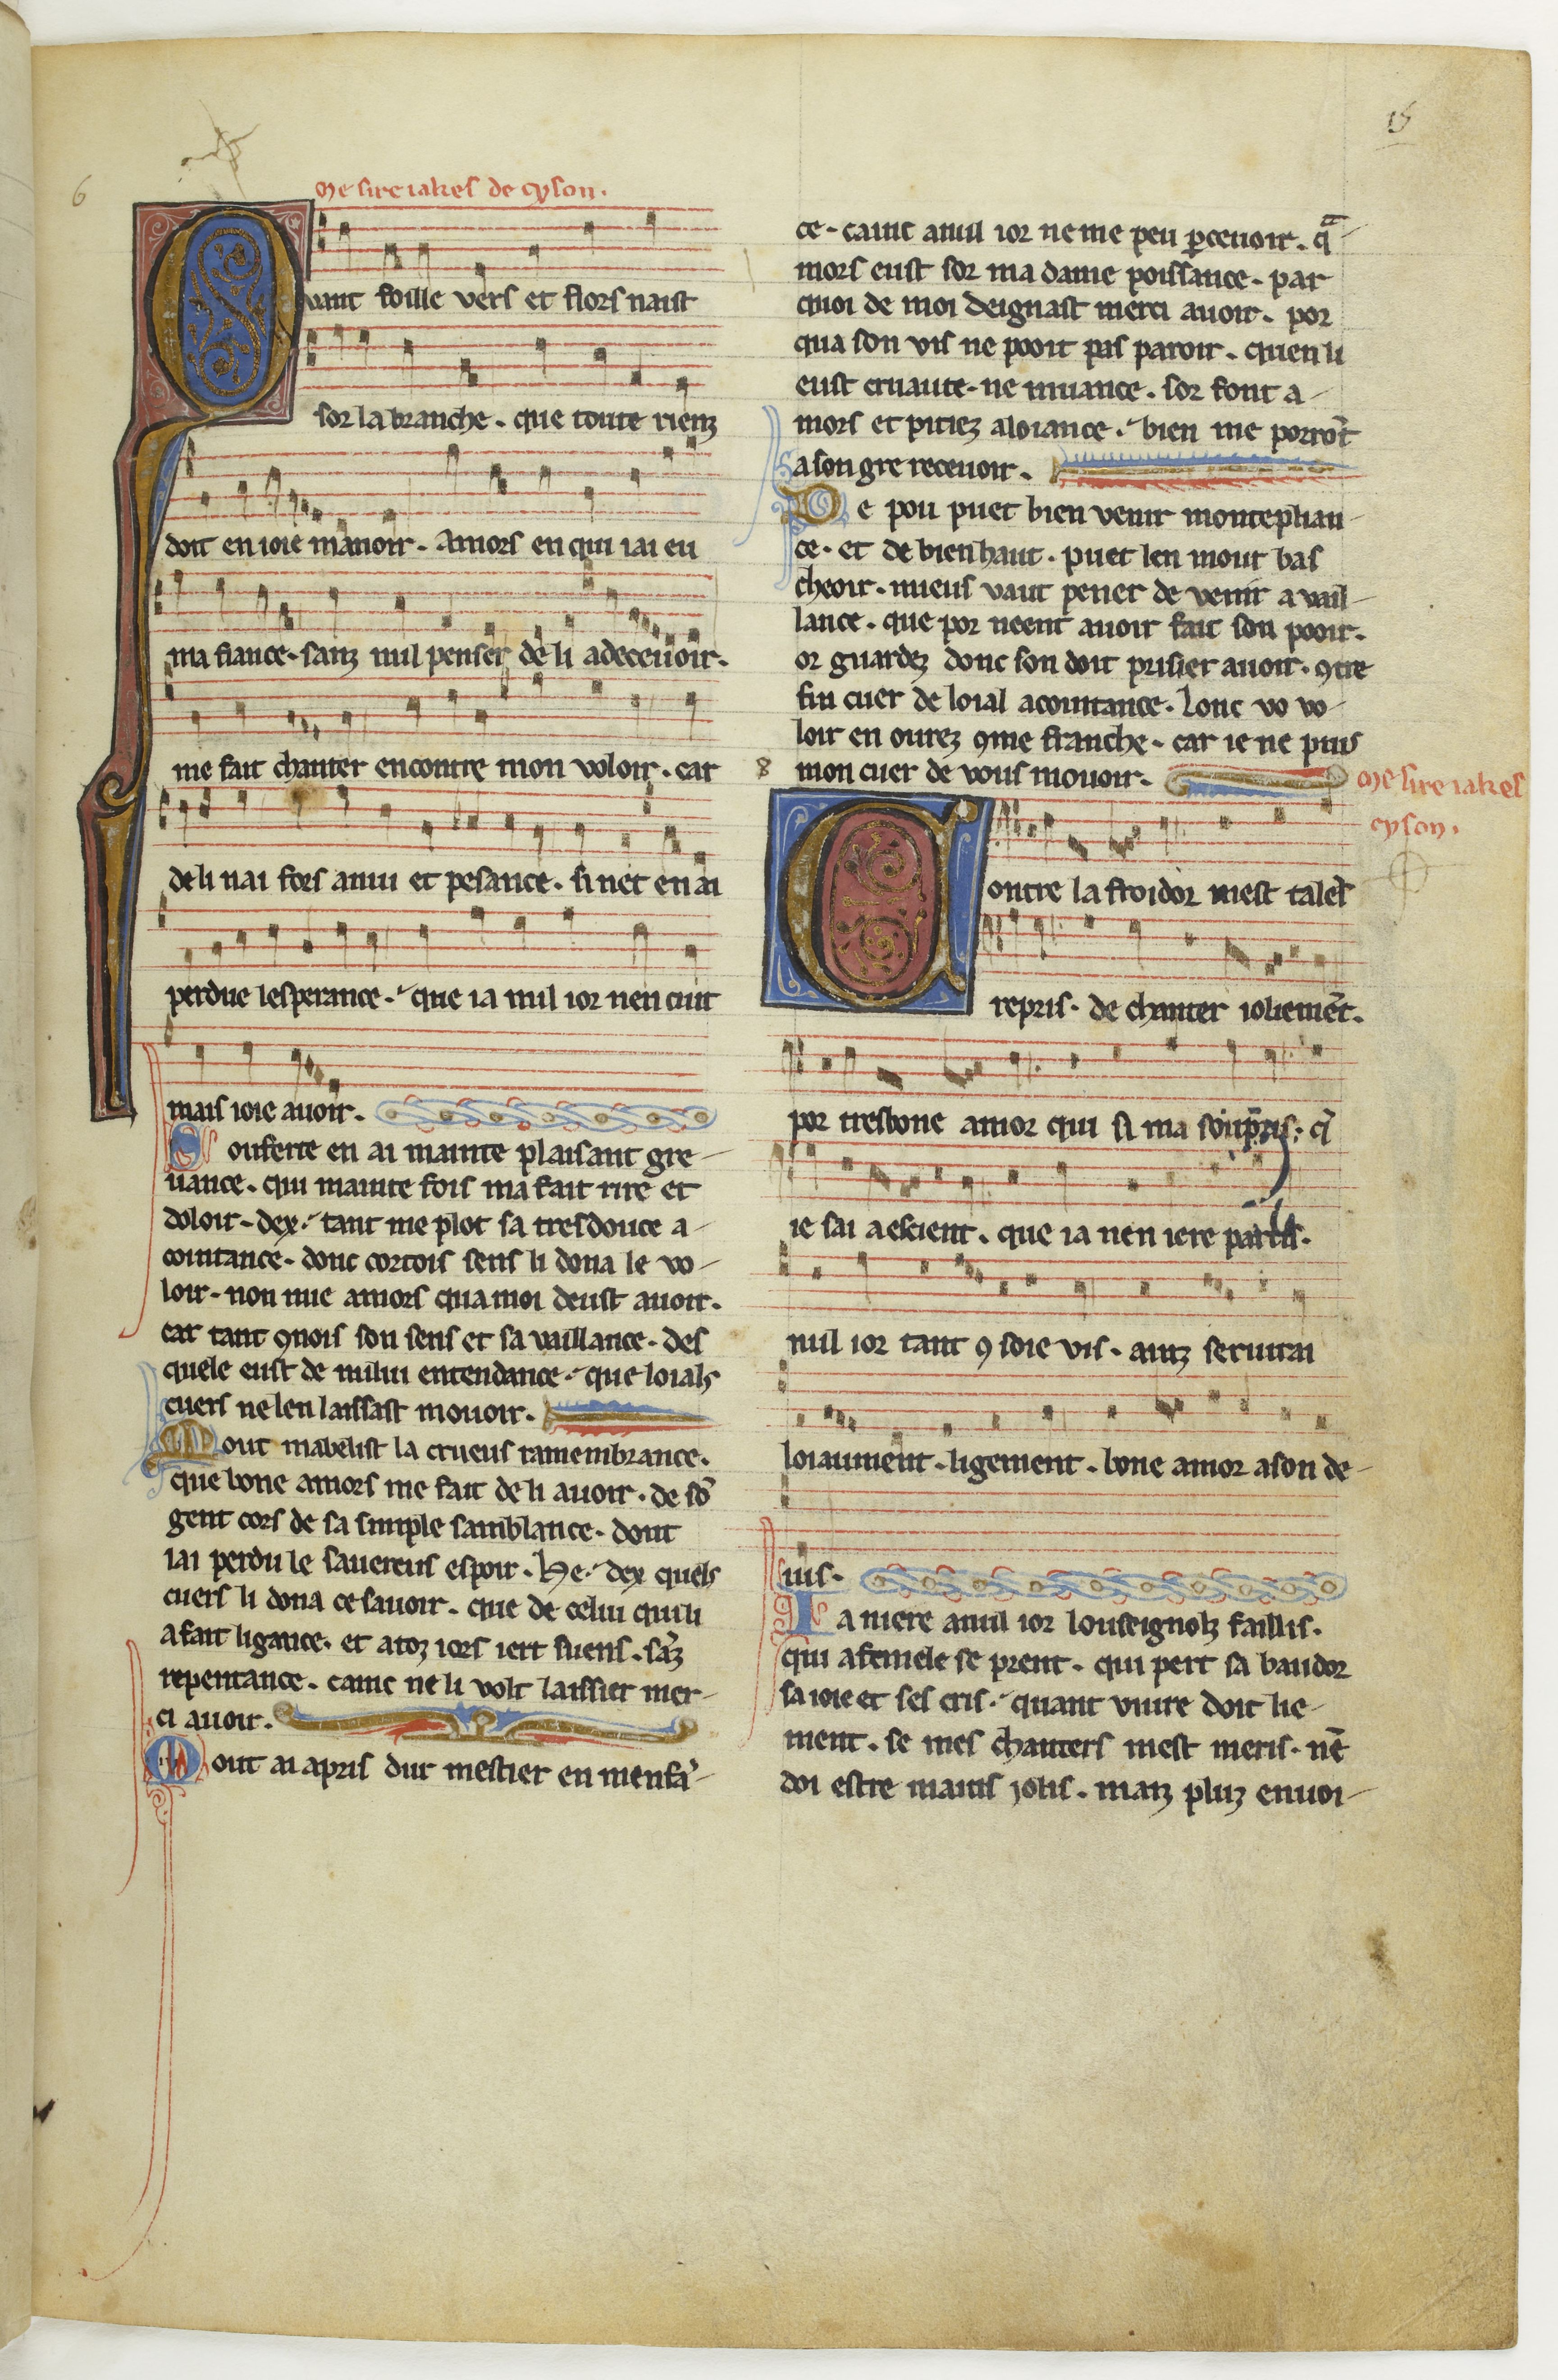
Shelfmark: Paris, BnF, fr. 844
Century: 13